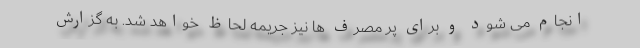
انجام می شود و برای پر مصرف ها نیز جریمه لحاظ خواهد شد. به گزارش